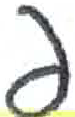
אות: פ